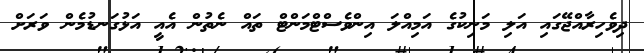
ދިވެހިރާއްޖޭގައި އަލި މަނިކުގެ އަމިއްލަ އިންވެސްޓްމަންޓް ތައް ނެތުން އެއީ އަޅުގަނޑުމެން ވަރަށް